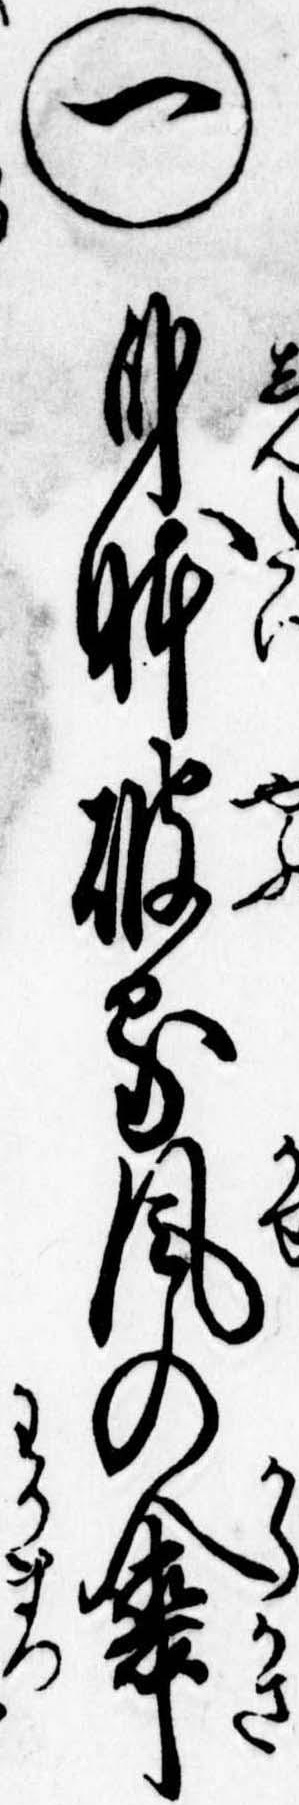
㊀身体破る風の傘